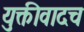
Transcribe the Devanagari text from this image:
युक्तीवादच